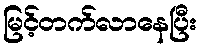
မြင့်တက်လာနေပြီး